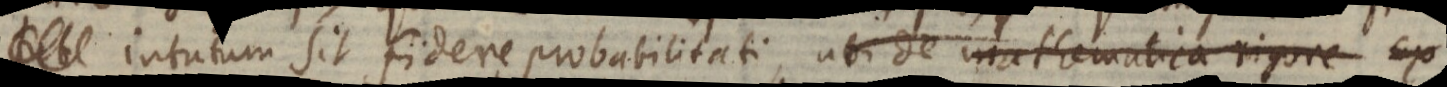
intutum sit fidere probabilitati, ubi de mathematica rigore